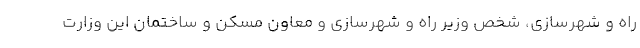
راه و شهرسازی، شخص وزیر راه و شهرسازی و معاون مسکن و ساختمان این وزارت